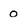
Character: 0